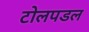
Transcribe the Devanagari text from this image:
टोलपडल